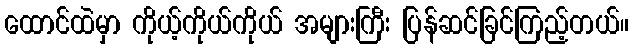
ထောင်ထဲမှာ ကိုယ့်ကိုယ်ကိုယ် အများကြီး ပြန်ဆင်ခြင်ကြည့်တယ်။